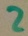
Text: 2